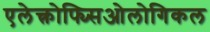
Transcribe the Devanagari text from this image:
एलेक्त्रोफ्य्सिओलोगिकल